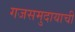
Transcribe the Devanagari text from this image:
गजसमुदायाची